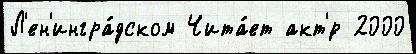
Л'ен'ингра́дском Чита́ет акт'́р 2000